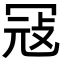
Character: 冦